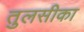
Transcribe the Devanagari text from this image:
तुलसीका